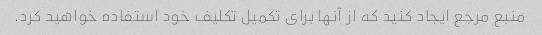
منبع مرجع ایجاد کنید که از آنها برای تکمیل تکلیف خود استفاده خواهید کرد.